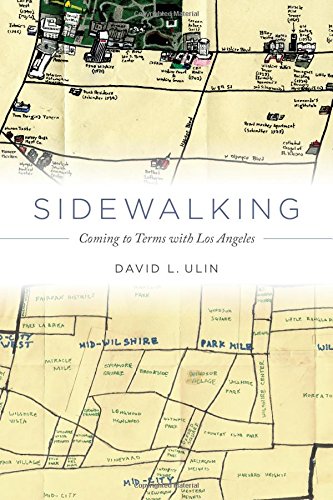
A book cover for Sidewalking: Coming to Terms with Los Angeles; David L. Ulin; History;